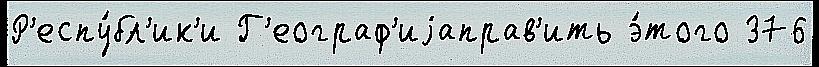
Р'еспу́бл'ик'и Г'еограф'иjаправ'ить э́того 376